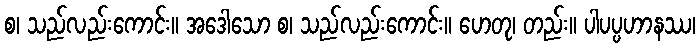
စ၊ သည်လည်းကောင်း။ အဒေါသော စ၊ သည်လည်းကောင်း။ ဟေတု၊ တည်း။ ပါပပ္ပဟာနဿ၊